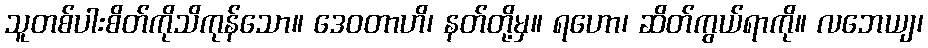
သူတစ်ပါးစိတ်ကိုသိကုန်သော။ ဒေဝတာဟိ၊ နတ်တို့မှ။ ရဟော၊ ဆိတ်ကွယ်ရာကို။ လဘေယျ၊